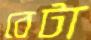
বেটা